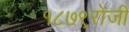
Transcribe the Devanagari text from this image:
१८७९रोजी